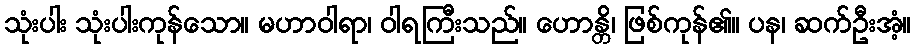
သုံးပါး သုံးပါးကုန်သော။ မဟာဝါရာ၊ ဝါရကြီးသည်။ ဟောန္တိ၊ ဖြစ်ကုန်၏။ ပန၊ ဆက်ဦးအံ့။